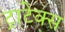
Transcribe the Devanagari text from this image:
ट्राटेक्स